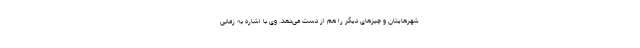
شهرهایتان و چیزهای دیگر را هم از دست می‌دهد. وی با اشاره به زمانی